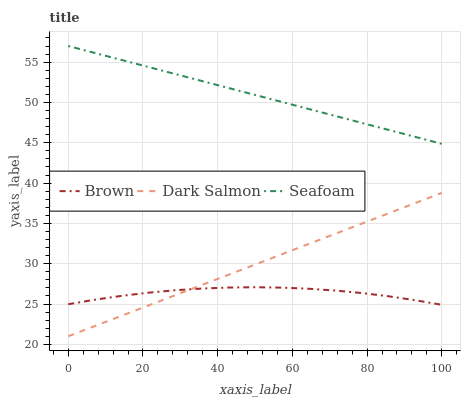
| xaxis_label | Brown | Dark Salmon | Seafoam |
 | --- | --- | --- | --- |
 | 0 | 25 | 21 | 57 |
 | 7.14 | 25.5 | 22.3 | 56.1 |
 | 14.3 | 26 | 23.5 | 55.3 |
 | 21.4 | 26.4 | 24.8 | 54.4 |
 | 28.6 | 26.7 | 26.1 | 53.5 |
 | 35.7 | 26.9 | 27.4 | 52.7 |
 | 42.9 | 27 | 28.6 | 51.8 |
 | 50 | 27.1 | 29.9 | 50.9 |
 | 57.1 | 27 | 31.2 | 50.1 |
 | 64.3 | 26.9 | 32.4 | 49.2 |
 | 71.4 | 26.7 | 33.7 | 48.3 |
 | 78.6 | 26.4 | 35 | 47.5 |
 | 85.7 | 26 | 36.2 | 46.6 |
 | 92.9 | 25.5 | 37.5 | 45.7 |
 | 100 | 24.9 | 38.8 | 44.9 |